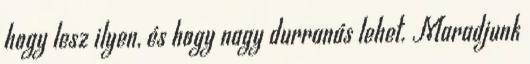
hogy lesz ilyen, és hogy nagy durranás lehet. Maradjunk